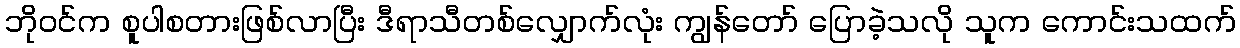
ဘိုဝင်က စူပါစတားဖြစ်လာပြီး ဒီရာသီတစ်လျှောက်လုံး ကျွန်တော် ပြောခဲ့သလို သူက ကောင်းသထက်